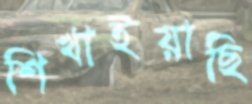
শিখাইয়াছি